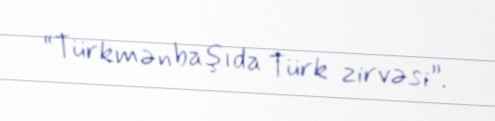
“Türkmənbaşıda Türk zirvəsi”.